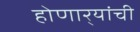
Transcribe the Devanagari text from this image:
होणार्‍यांची